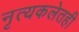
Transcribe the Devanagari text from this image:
नृत्यकलेतही